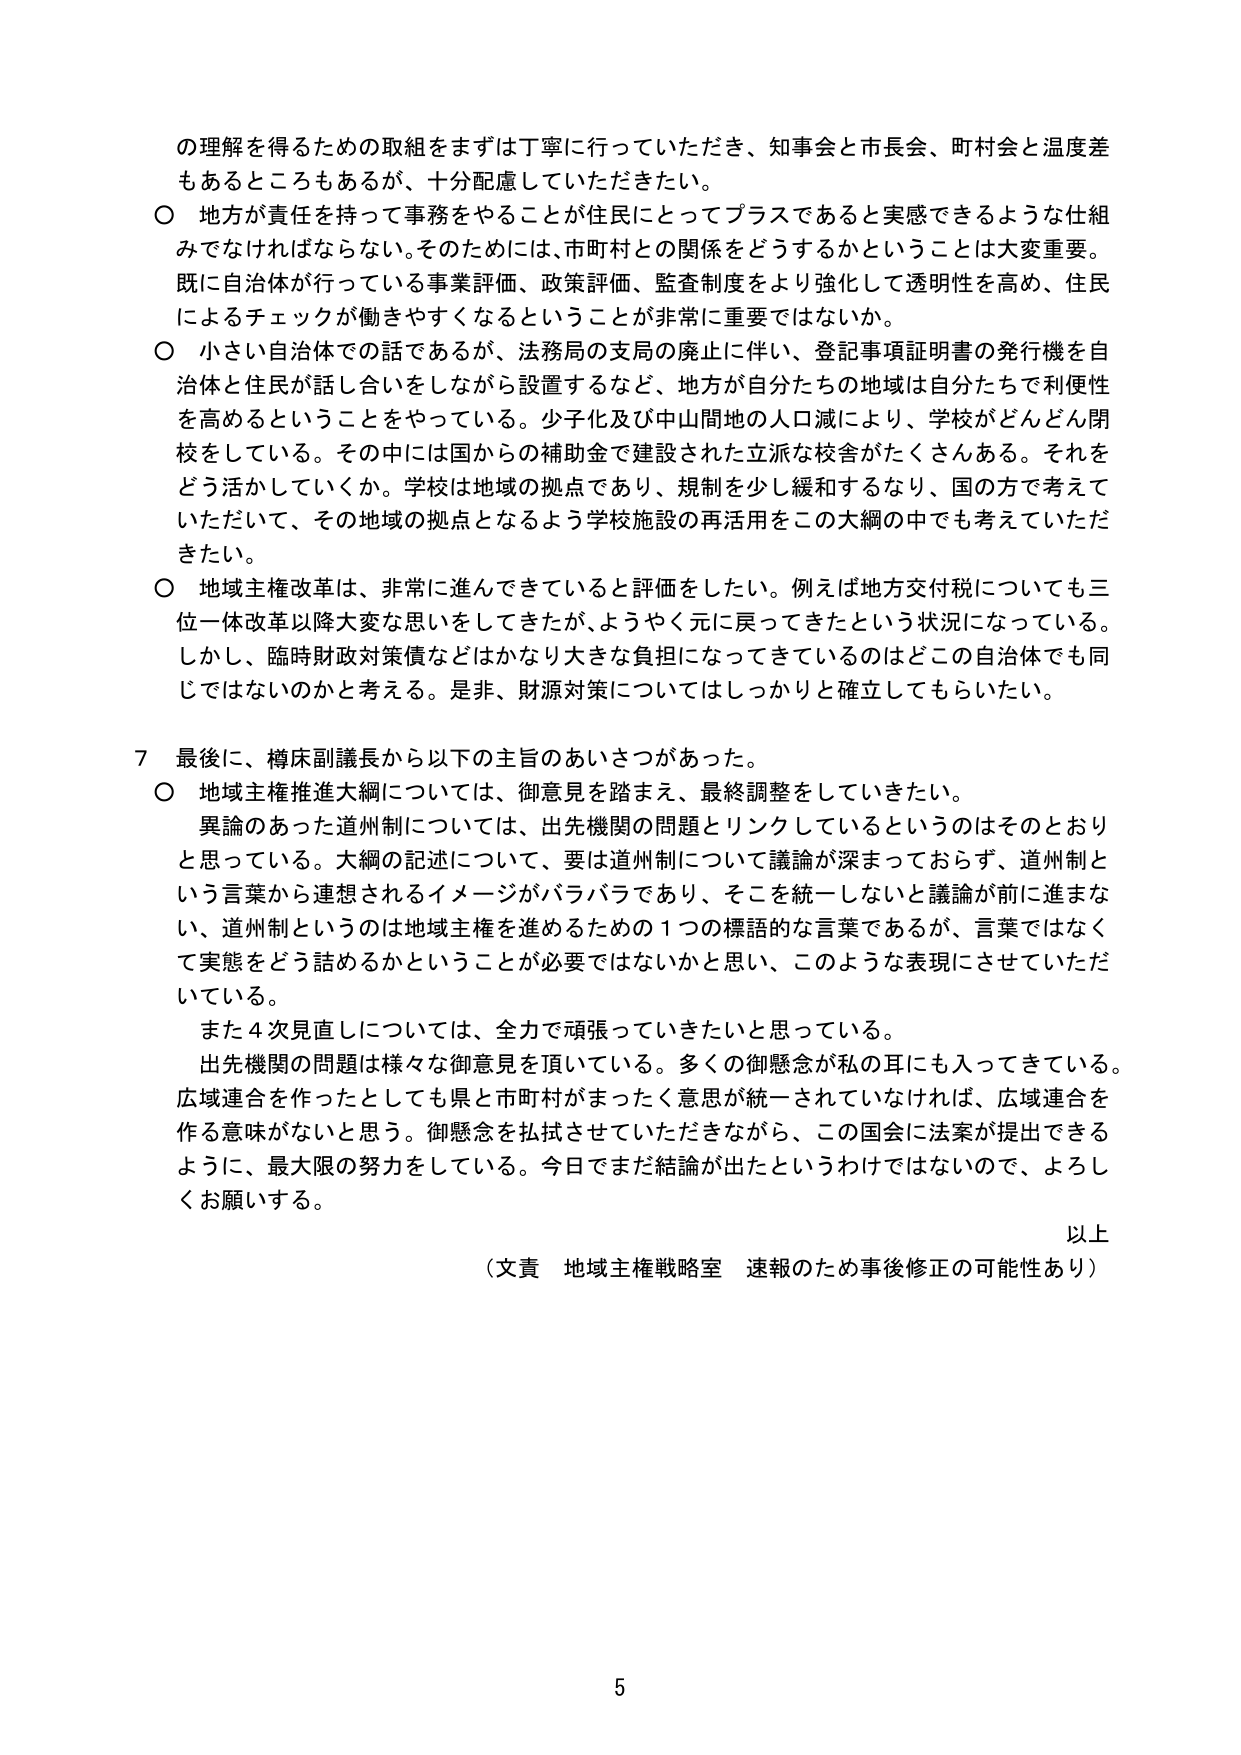
の理解を得るための取組をまずは丁寧に行っていただき、知事会と市長会、町村会と温度差もあるところもあるが、十分配慮していただきたい。

○ 地方が責任を持って事務をやることが住民にとってプラスであると実感できるような仕組みでなければならない。そのためには、市町村との関係をどうするかということは大変重要。既に自治体が行っている事業評価、政策評価、監査制度をより強化して透明性を高め、住民によるチェックが働きやすくなるということが非常に重要ではないか。

○ 小さい自治体での話であるが、法務局の支局の廃止に伴い、登記事項証明書の発行機を自治体と住民が話し合いをしながら設置するなど、地方が自分たちの地域は自分たちで利便性を高めるということをやっている。少子化及び中山間地の人口減により、学校がどんどん閉校をしている。その中には国からの補助金で建設された立派な校舎がたくさんある。それをどう活かしていくか。学校は地域の拠点であり、規制を少し緩和するなり、国の方で考えていただいて、その地域の拠点となるよう学校施設の再活用をこの大綱の中でも考えていただきたい。

○ 地域主権改革は、非常に進んできていると評価をしたい。例えば地方交付税についても三位一体改革以降大変な思いをしてきたが、ようやく元に戻ってきたという状況になっている。しかし、臨時財政対策債などはかなり大きな負担になってきているのはどこの自治体でも同じではないのかと考える。是非、財源対策についてはしっかりと確立してもらいたい。

7 最後に、樽床副議長から以下の主旨のあいさつがあった。

○ 地域主権推進大綱については、御意見を踏まえ、最終調整をしていきたい。

　異論のあった道州制については、出先機関の問題とリンクしているというのはそのとおりと思っている。大綱の記述について、要は道州制について議論が深まっておらず、道州制という言葉から連想されるイメージがバラバラであり、そこを統一しないと議論が前に進まない、道州制というのは地域主権を進めるための１つの標語的な言葉であるが、言葉ではなくて実態をどう詰めるかということが必要ではないかと思い、このような表現にさせていただいている。

　また４次見直しについては、全力で頑張っていきたいと思っている。

　出先機関の問題は様々な御意見を頂いている。多くの御懸念が私の耳にも入ってきている。広域連合を作ったとしても県と市町村がまったく意思が統一されていなければ、広域連合を作る意味がないと思う。御懸念を払拭させていただきながら、この国会に法案が提出できるように、最大限の努力をしている。今日でまだ結論が出たというわけではないので、よろしくお願いする。

以上

（文責 地域主権戦略室 速報のため事後修正の可能性あり）

5